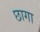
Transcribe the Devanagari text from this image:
छागा